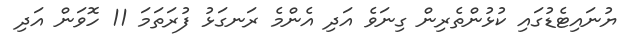
ޔުނައިޓެޑުގައި ކުޅުންތެރިން ގިނަވެ އަދި އެންމެ ރަނގަޅު ފުރަތަމަ 11 ހޮވަން އަދި